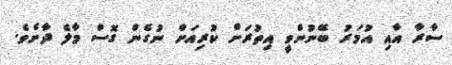
ސާރާ އާއި އުމަރު ބޭނުންވީ އިތުރަށް ކުރިއަށް ނުގެން ގޮސް މާލެ ދާށެވެ.